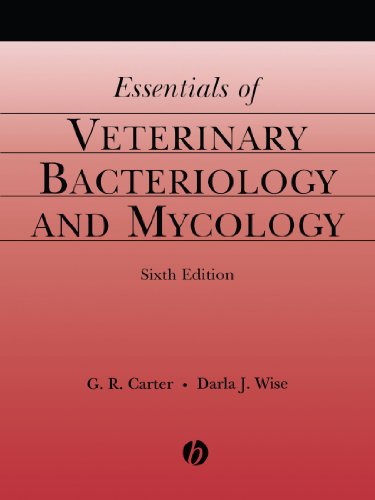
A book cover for Essentials of Veterinary Bacteriology and Mycology; G. R. Carter; Medical Books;